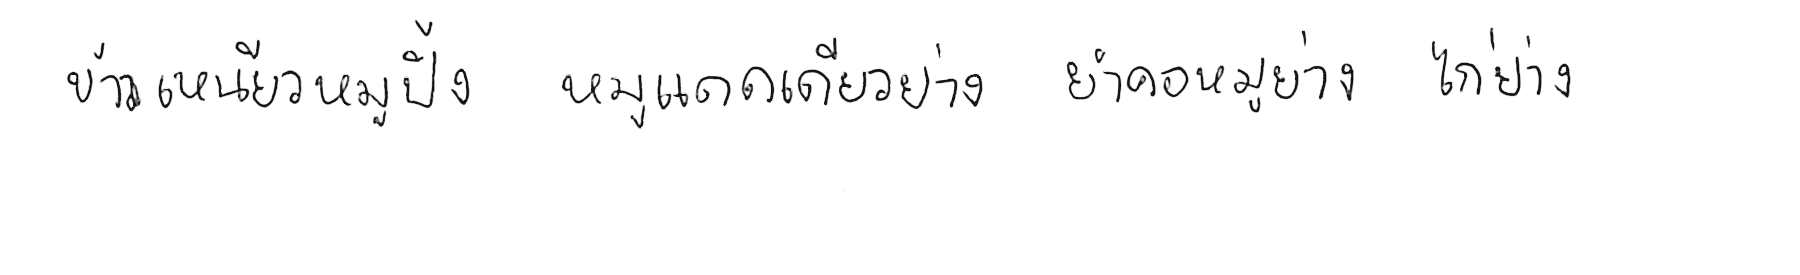
ข้าวเหนียวหมูปิ้ง หมูแดดเดียวย่าง ยำคอหมูย่าง ไก่ย่าง